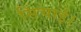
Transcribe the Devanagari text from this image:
सिंचाई।